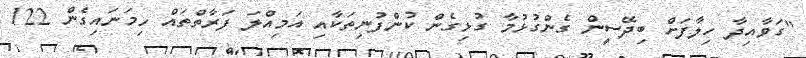
"ގަވާއިދާ ހިލާފަށް ބިދޭސީން ގެންގުޅުމާ ގުޅިގެން ކުންފުނިތަކާއި އަމިއްލަ ފަރާތްތައް ހިމަނައިގެން 122